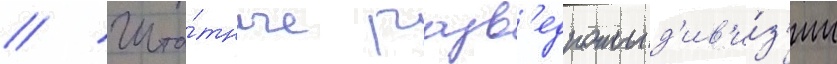
// Шта́тные разв'едроты д'ив'и́з'ии